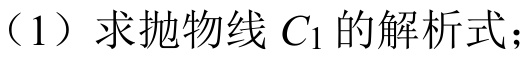
（1）求抛物线 \(C_{1}\) 的解析式；